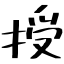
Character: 授